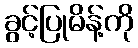
ခွင့်ပြုမိန့်ကို